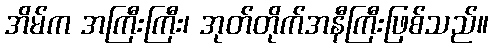
အိမ်က အကြီးကြီး၊ အုတ်တိုက်အနီကြီးဖြစ်သည်။